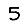
Digit: 5